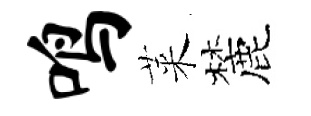
鸣萊麓